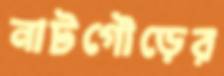
নাটগৌড়ের